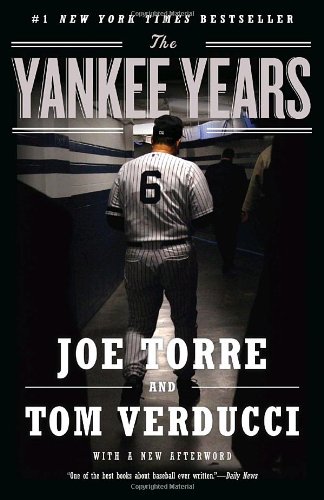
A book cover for The Yankee Years; Joe Torre; Biographies & Memoirs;